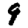
Digit: 9